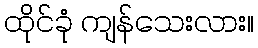
ထိုင်ခုံ ကျန်သေးလား။